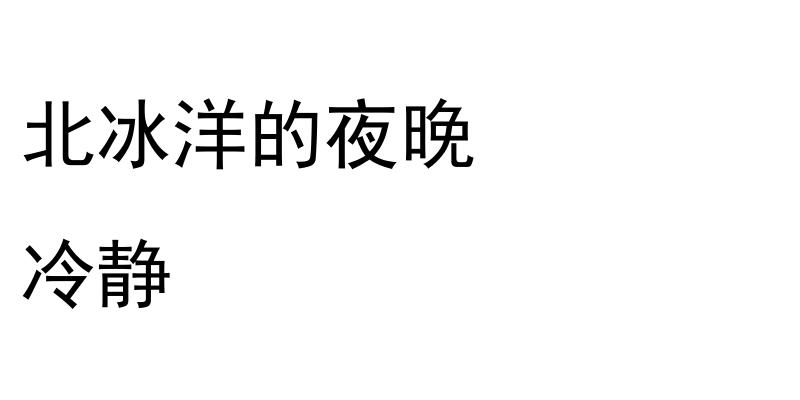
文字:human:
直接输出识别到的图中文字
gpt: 北冰洋的夜晚 冷静